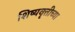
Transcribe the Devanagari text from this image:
शिष्यवृत्तीच्या